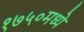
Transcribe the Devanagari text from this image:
१७५०मध्ये